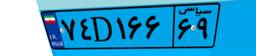
۰۴D۵۵۵۵۸